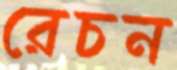
রেচন